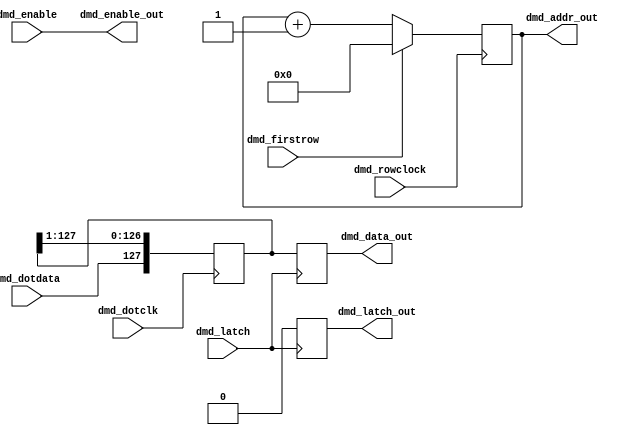
/**
 @file
 @brief Input for 128x32 displays like Vishay APD-128G032
 @version 1.0
 @author Arco van Geest <arco@appeltaart.mine.nu>
 @copyright 2020 Arco van Geest <arco@appeltaart.mine.nu> All right reserved.

	This is distributed in the hope that it will be useful,
	but WITHOUT ANY WARRANTY; without even the implied warranty of
	MERCHANTABILITY or FITNESS FOR A PARTICULAR PURPOSE.  See the
	GNU General Public License for more details.

	You should have received a copy of the GNU General Public License
	along with this file.  If not, see <http://www.gnu.org/licenses/>.

 @date       20200701 Initial version

 @details  Input from WPC DMD 
*/

//
// module dmd_in
// 
module dmd_in(
	//inputs
	input dmd_dotdata,
	input dmd_latch,
	input dmd_dotclk,
	input	dmd_enable,

	input dmd_rowclock,
	input dmd_firstrow,

	//outputs
	output [127:0] dmd_data_out,
	output [4:0] dmd_addr_out,
	output dmd_enable_out,
	output dmd_latch_out
	);

	reg [127:0] dmd_data=0;
	reg [127:0] data_in=0;
	reg [4:0] addr_in=0;

	reg [127:0] dmd_tmp=0;
	reg dmd_latch_reg;

	// line address
	always @(posedge dmd_rowclock ) begin
		addr_in<=addr_in+1;
		if ( dmd_firstrow ) addr_in<=0;
	end

	// pixe input
	always @(posedge dmd_dotclk ) begin
		// right shift in
		//data_in={data_in[127-1:0],dmd_dotdata};
		// left shift in
		data_in<={dmd_dotdata,data_in[127:1]};
	end

	// latch data to output
	always @(posedge dmd_latch) begin
		dmd_data<=data_in;
		#1 dmd_latch_reg=1;
		#1 dmd_latch_reg=0;
	end

	assign dmd_enable_out=dmd_enable;
	assign dmd_latch_out=dmd_latch_reg;
	assign dmd_addr_out=addr_in;
	assign dmd_data_out=dmd_data;

endmodule // dmd_in


//
// testbench dmd_in
// 

module dmd_in_tb();

	reg dotdata,latch,dotclk,enable,rowclk,firstrow;
	reg [127:0] inputpixels;
	reg [7:0] i;


	wire [127:0] dmddata;
	wire [4:0] dmdaddr;
	wire enableout;
	wire latchout;

	initial begin
		dotdata=0;
		latch=0;
		dotclk=0;
		enable=0;
		rowclk=0;
		firstrow=0;
		inputpixels = 128'b1010_0101_0101_0101_1010_0101_1010_0000_0000_1010_1110_1000_1000_1110_0000_0000_0000_0000_0010_0000_0000_0000_0000_0000_0000_0000_0000_0000_0000_0000_0000_0001;

		#1 rowclk=1;
		#1 rowclk=0;

		for (i=0; i<128; i=i+1) begin
			dotclk=0;
			dotdata = inputpixels[ i ];
			#1 dotclk=1;
			#1;
		end
		#1 enable = 0;
		#1 rowclk=1;
		#4 rowclk=0;
		#4 latch=1;
		#1 latch=0;
		#1 enable=1;

		#50 $finish;


	end //initial

	dmd_in dmdtest(
	.dmd_dotdata(dotdata),
	.dmd_latch(latch),
	.dmd_dotclk(dotclk),
	.dmd_enable(enable),

	.dmd_rowclock(rowclk),
	.dmd_firstrow(firstrow),

	.dmd_data_out(dmddata),
	.dmd_addr_out(dmdaddr),
	.dmd_enable_out(enableout),
	.dmd_latch_out(latchout)
	);

endmodule	//dmd_in_tb